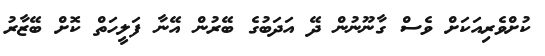
ކުށްވެރިއަކަށް ވެސް ގާނޫނުން ދޭ އަދަބުގެ ބޭރުން އޭނާ ފަލީހަތް ކޮށް ބޭޒާރު